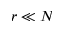
r \ll N